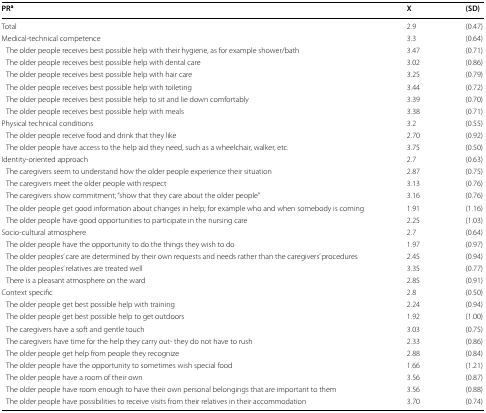
| PRa | X | (SD) |
 | --- | --- | --- |
 | Total | 2.9 | (0.47) |
 | Medical-technical competence | 3.3 | (0.64) |
 | The older people receives best possible help with their hygiene, as for example shower/bath | 3.47 | (0.71) |
 | The older people receives best possible help with dental care | 3.02 | (0.86) |
 | The older people receives best possible help with hair care | 3.25 | (0.79) |
 | The older people receives best possible help with toileting | 3.44 | (0.72) |
 | The older people receives best possible help to sit and lie down comfortably | 3.39 | (0.70) |
 | The older people receives best possible help with meals | 3.38 | (0.71) |
 | Physical technical conditions | 3.2 | (0.55) |
 | The older people receive food and drink that they like | 2.70 | (0.92) |
 | The older people have access to the help aid they need, such as a wheelchair, walker, etc. | 3.75 | (0.50) |
 | Identity-oriented approach | 2.7 | (0.63) |
 | The caregivers seem to understand how the older people experience their situation | 2.87 | (0.75) |
 | The caregivers meet the older people with respect | 3.13 | (0.76) |
 | The caregivers show commitment; “show that they care about the older people” | 3.16 | (0.76) |
 | The older people get good information about changes in help; for example who and when somebody is coming | 1.91 | (1.16) |
 | The older people have good opportunities to participate in the nursing care | 2.25 | (1.03) |
 | Socio-cultural atmosphere | 2.7 | (0.64) |
 | The older people have the opportunity to do the things they wish to do | 1.97 | (0.97) |
 | The older peoples’ care are determined by their own requests and needs rather than the caregivers’ procedures | 2.45 | (0.94) |
 | The older peoples’ relatives are treated well | 3.35 | (0.77) |
 | There is a pleasant atmosphere on the ward | 2.85 | (0.91) |
 | Context specific | 2.8 | (0.50) |
 | The older people get best possible help with training | 2.24 | (0.94) |
 | The older people get best possible help to get outdoors | 1.92 | (1.00) |
 | The caregivers have a soft and gentle touch | 3.03 | (0.75) |
 | The caregivers have time for the help they carry out- they do not have to rush | 2.33 | (0.86) |
 | The older people get help from people they recognize | 2.88 | (0.84) |
 | The older people have the opportunity to sometimes wish special food | 1.66 | (1.21) |
 | The older people have a room of their own | 3.56 | (0.87) |
 | The older people have room enough to have their own personal belongings that are important to them | 3.56 | (0.88) |
 | The older people have possibilities to receive visits from their relatives in their accommodation | 3.70 | (0.74) |